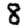
Digit: 8